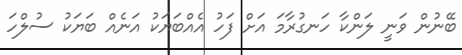
ބޭނުން ވަނީ ލަންކާ ހަނގުރާމަ އަށް ފަހު އެއްބަޔަކު އަނެއް ބަޔަކު ސުލްހަ